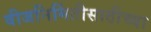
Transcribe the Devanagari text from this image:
वीजनिर्मितीसाठीच्या